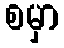
စမှာ